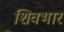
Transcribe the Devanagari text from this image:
शिवभार